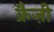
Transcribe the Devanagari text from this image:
क्रैज़ी